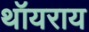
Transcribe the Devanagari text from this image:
थॉयराय